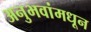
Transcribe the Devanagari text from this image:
अनुभवांमधून